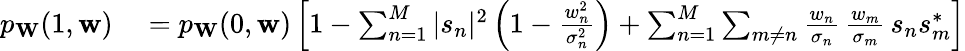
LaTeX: \begin{array}{rl}{p_{\mathbf{W}}(1,\mathbf{w})}&{{}=p_{\mathbf{W}}(0,\mathbf{w})\left[1-\sum_{n=1}^{M}|s_{n}|^{2}\left(1-\frac{w_{n}^{2}}{\sigma_{n}^{2}}\right)+\sum_{n=1}^{M}\sum_{m\neq n}\frac{w_{n}}{\sigma_{n}}\, \frac{w_{m}}{\sigma_{m}}\, s_{n}s_{m}^{*}\right]}\end{array}